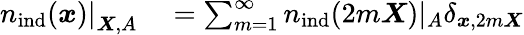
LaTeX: \begin{array}{rl}{\left.{n}_{\mathrm{ind}}(\boldsymbol{x})\right|_{\boldsymbol{X},A}}&{{}=\sum_{m=1}^{\infty}{n}_{\mathrm{ind}}(2m\boldsymbol{X})|_{A}\delta_{\boldsymbol{x},2m\boldsymbol{X}}}\end{array}